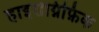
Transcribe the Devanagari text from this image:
हाइरोग्निफ़िक